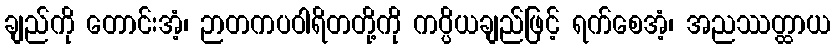
ချည်ကို တောင်းအံ့၊ ဉာတကပဝါရိတတို့ကို ကပ္ပိယချည်ဖြင့် ရက်စေအံ့၊ အညဿတ္ထာယ